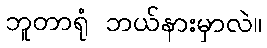
ဘူတာရုံ ဘယ်နားမှာလဲ။